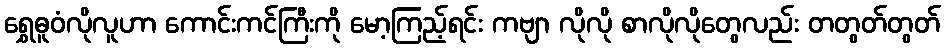
ရွှေဓူဝံလိုလူဟာ ကောင်းကင်ကြီးကို မော့ကြည့်ရင်း ကဗျာ လိုလို စာလိုလိုတွေလည်း တတွတ်တွတ်